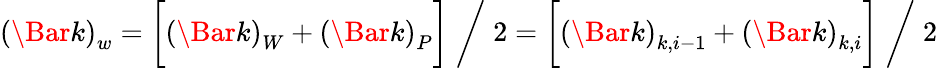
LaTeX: \left(\Bar{k}\right)_{w}=\biggl[\left(\Bar{k}\right)_{W}+\left(\Bar{k}\right)_{P}\biggr]\; \bigg/\; 2=\biggl[\left(\Bar{k}\right)_{k,i-1}+\left(\Bar{k}\right)_{k,i}\biggr]\; \bigg/\; 2